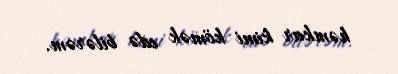
həmkar kimi kömək edə bilərəm.